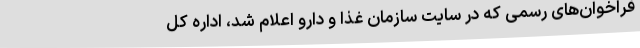
فراخوان‌های رسمی که در سایت سازمان غذا و دارو اعلام شد، اداره‌ کل